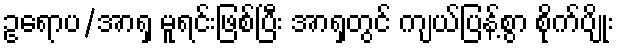
ဥရောပ/အာရှ မူရင်းဖြစ်ပြီး အာရှတွင် ကျယ်ပြန့်စွာ စိုက်ပျိုး